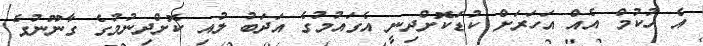
އެ ހުކުމް އެއް އަހަރަށް ކުޑަކޮށްދިނީ އެގައުމުގެ އަދަބު ލުއި ކޮށްދިނުމުގެ ގާނޫނުގެ